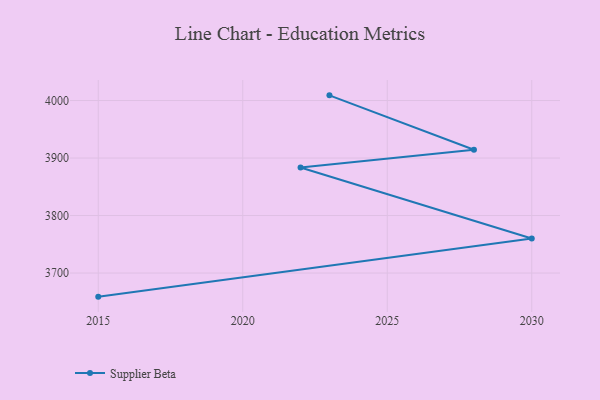
{"axis": {"x": "Year", "y": "Active Users"}, "legend": ["Supplier Beta"], "data": [{"x": "2023", "y": 4009.0, "type": "Supplier Beta"}, {"x": "2028", "y": 3914.3, "type": "Supplier Beta"}, {"x": "2022", "y": 3883.5, "type": "Supplier Beta"}, {"x": "2030", "y": 3760.0, "type": "Supplier Beta"}, {"x": "2015", "y": 3658.9, "type": "Supplier Beta"}]}